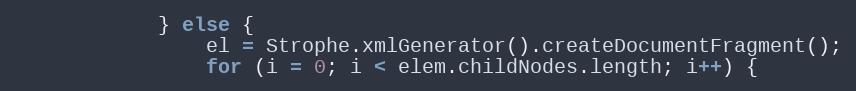
Language: JavaScript
            } else {
                el = Strophe.xmlGenerator().createDocumentFragment();
                for (i = 0; i < elem.childNodes.length; i++) {